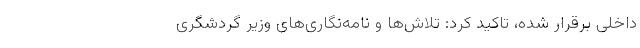
داخلی برقرار شده، تاکید کرد: تلاش‌ها و نامه‌نگاری‌های وزیر گردشگری